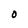
Character: 0